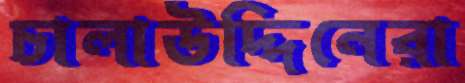
চালাউদ্দিনেরা